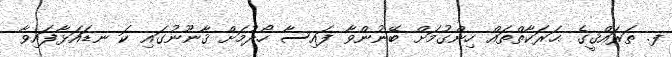
ފ. ތަރައްޤީގެ ޙަރަކާތްތައް ހިންގުމަށް ބޭނުންވާ ފައިސާ ހޯދުމަށް ޤާނޫނުގައި ކަ ނޑައަޅާފައިވާ